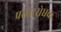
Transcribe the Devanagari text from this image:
प्रसाररोधक